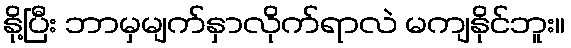
နို့ပြီး ဘာမှမျက်နှာလိုက်ရာလဲ မကျနိုင်ဘူး။